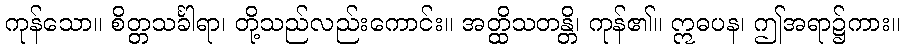
ကုန်သော။ စိတ္တသင်္ခါရာ၊ တို့သည်လည်းကောင်း။ အတ္ထိသတန္တိ၊ ကုန်၏။ ဣဓပန၊ ဤအရာ၌ကား။